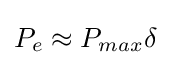
P_{e}\approx P_{max}\delta